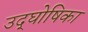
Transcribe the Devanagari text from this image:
उद्‌घोषिका